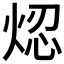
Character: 𤉃